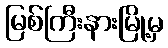
မြစ်ကြီးနားမြို့မှ